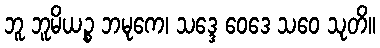
ဘူ ဘူမိယဉ္စ ဘမုကေ၊ သဒ္ဒေ ဝေဒေ သဝေ သုတိ။